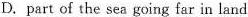
D.part cf the sea going far in land